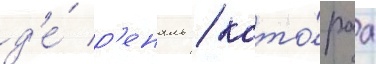
д'е́ р'еналь / кото́раа